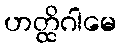
ဟတ္ထိဂါမေ